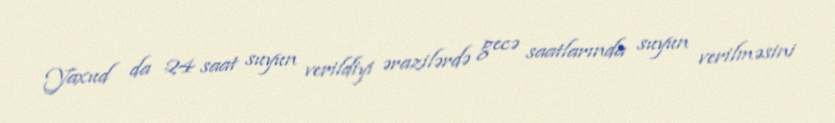
Yaxud da 24 saat suyun verildiyi ərazilərdə gecə saatlarında suyun verilməsini